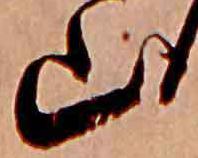
山